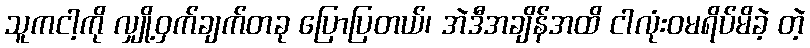
သူကငါ့ကို လျှို့ဝှက်ချက်တခု ပြောပြတယ်၊ အဲဒီအချိန်အထိ ငါလုံးဝမရိပ်မိခဲ့ တဲ့